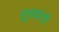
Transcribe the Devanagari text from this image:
सूचकांची